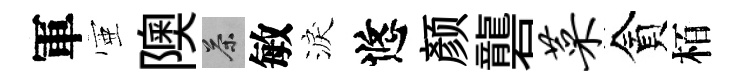
軍壺隩茶敏淚悠颜礱菜貪栢